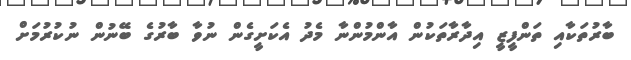
ބާރުތަކާއި ތަންފީޒީ އިދާރާތަކުން އާންމުންނާ މެދު އެކަށީގެން ނުވާ ބާރުގެ ބޭނުން ނުކުރުމަށް